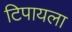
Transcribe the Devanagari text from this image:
टिपायला